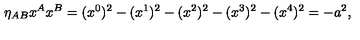
\eta _ { A B } x ^ { A } x ^ { B } = ( x ^ { 0 } ) ^ { 2 } - ( x ^ { 1 } ) ^ { 2 } - ( x ^ { 2 } ) ^ { 2 } - ( x ^ { 3 } ) ^ { 2 } - ( x ^ { 4 } ) ^ { 2 } = - a ^ { 2 } ,